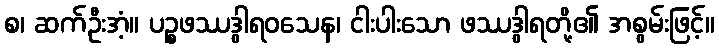
စ၊ ဆက်ဦးအံ့။ ပဉ္စဖဿဒွါရဝသေန၊ ငါးပါးသော ဖဿဒွါရတို့၏ အစွမ်းဖြင့်။